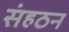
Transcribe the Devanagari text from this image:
संहठन